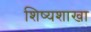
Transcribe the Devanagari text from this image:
शिष्यशाखा